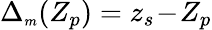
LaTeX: \Delta_{{\scriptscriptstyle m}}(Z_{p})=z_{s}\! -\! Z_{p}